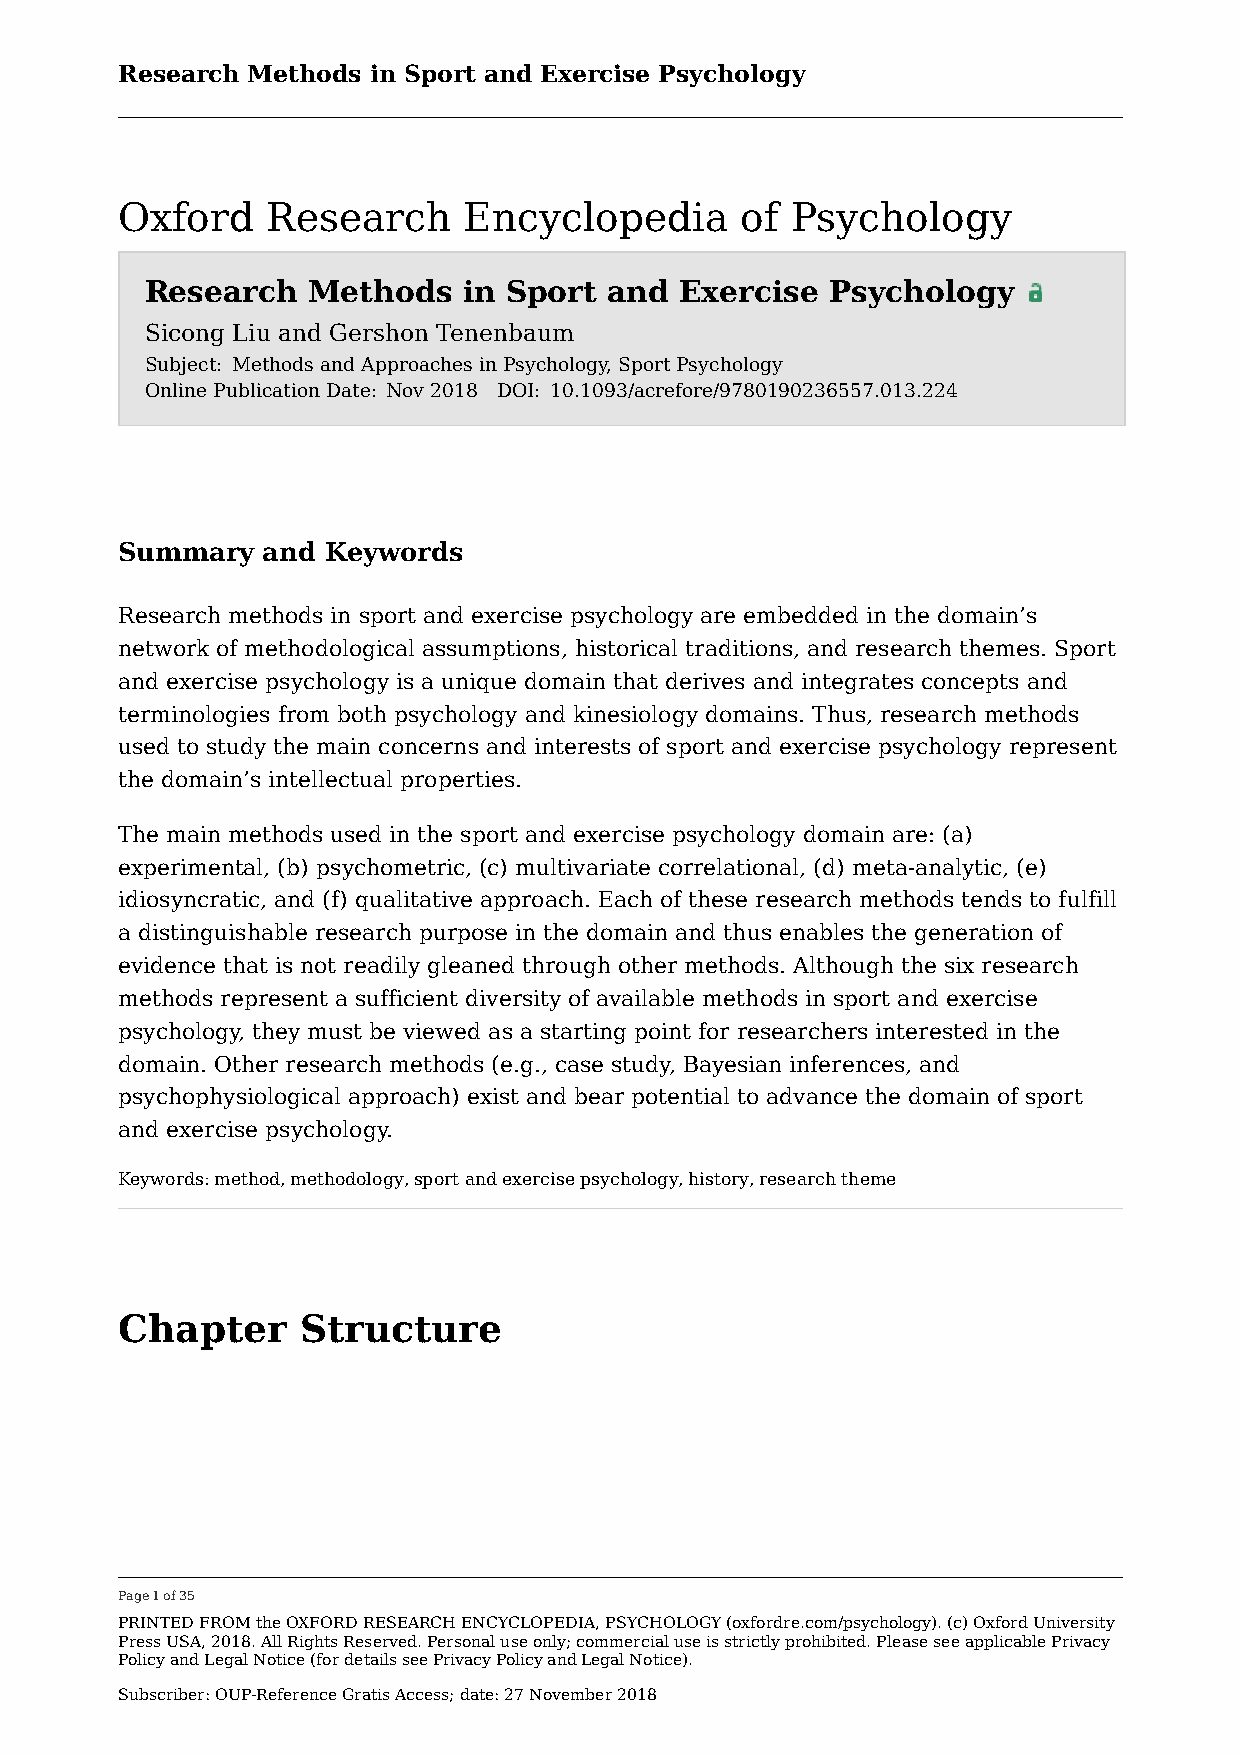
Research Methods in Sport and Exercise Psychology
 Oxford    Research     Encyclopedia      of Psychology
 Research  Methods    in Sport and  Exercise  Psychology
 Sicong Liu and Gershon Tenenbaum
 Subject: Methods and Approaches in Psychology, Sport Psychology
 Online Publication Date: Nov 2018 DOI: 10.1093/acrefore/9780190236557.013.224
 Summary  and  Keywords
 Research methods in sport and exercise psychology are embedded in the domain’s
 network of methodological assumptions, historical traditions, and research themes. Sport
 and exercise psychology is a unique domain that derives and integrates concepts and
 terminologies from both psychology and kinesiology domains. Thus, research methods
 used to study the main concerns and interests of sport and exercise psychology represent
 the domain’s intellectual properties.
 The main methods used in the sport and exercise psychology domain are: (a)
 experimental, (b) psychometric, (c) multivariate correlational, (d) meta-analytic, (e)
 idiosyncratic, and (f) qualitative approach. Each of these research methods tends to fulfill
 a distinguishable research purpose in the domain and thus enables the generation of
 evidence that is not readily gleaned through other methods. Although the six research
 methods represent a sufficient diversity of available methods in sport and exercise
 psychology, they must be viewed as a starting point for researchers interested in the
 domain. Other research methods (e.g., case study, Bayesian inferences, and
 psychophysiological approach) exist and bear potential to advance the domain of sport
 and exercise psychology.
 Keywords: method, methodology, sport and exercise psychology, history, research theme
 Chapter     Structure
 Page 1 of 35
 PRINTED FROM the OXFORD RESEARCH ENCYCLOPEDIA, PSYCHOLOGY (oxfordre.com/psychology). (c) Oxford University
 Press USA, 2018. All Rights Reserved. Personal use only; commercial use is strictly prohibited. Please see applicable Privacy
 Policy and Legal Notice (for details see Privacy Policy and Legal Notice).
 Subscriber: OUP-Reference Gratis Access; date: 27 November 2018